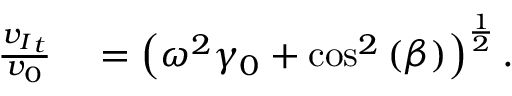
\begin{array} { r l } { \frac { { v _ { I } } _ { t } } { v _ { 0 } } } & { { } = \left( \omega ^ { 2 } \gamma _ { 0 } + \cos ^ { 2 } { ( \beta ) } \right) ^ { \frac { 1 } { 2 } } . } \end{array}